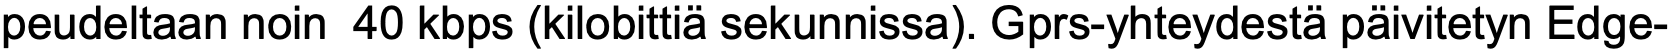
peudeltaan noin 40 kbps (kilobittiä sekunnissa). Gprs-yhteydestä päivitetyn Edge-